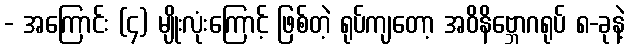
- အကြောင်း (၄) မျိုးလုံးကြောင့် ဖြစ်တဲ့ ရုပ်ကျတော့ အဝိနိဗ္ဘောဂရုပ် ၈-ခုနဲ့